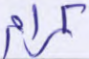
كرام